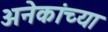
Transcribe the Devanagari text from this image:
अनेकांच्‍या